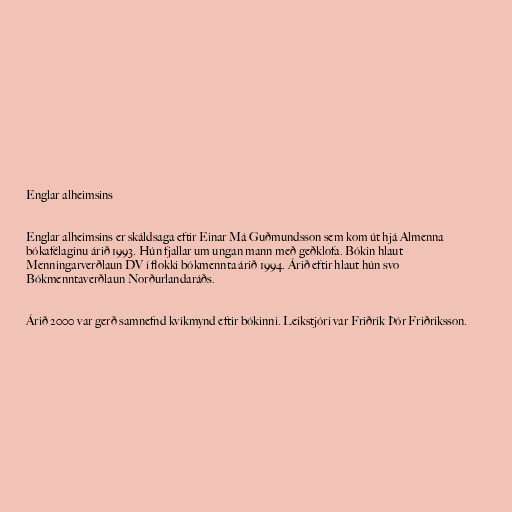
Englar alheimsins

Englar alheimsins er skáldsaga eftir Einar Má Guðmundsson sem kom út hjá Almenna
bókafélaginu árið 1993. Hún fjallar um ungan mann með geðklofa. Bókin hlaut
Menningarverðlaun DV í flokki bókmennta árið 1994. Árið eftir hlaut hún svo
Bókmenntaverðlaun Norðurlandaráðs.

Árið 2000 var gerð samnefnd kvikmynd eftir bókinni. Leikstjóri var Friðrik Þór Friðriksson.